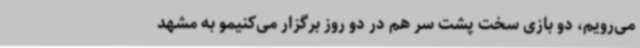
می‌رویم، دو بازی سخت پشت سر هم در دو روز برگزار می‌کنیمو به مشهد